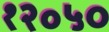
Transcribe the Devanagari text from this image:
१२॰५०